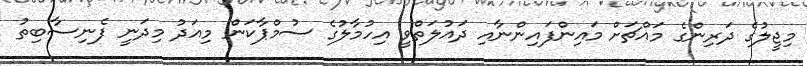
މިޖީލުގެ ދަރިންގެ މައްޗަށް މައިންފައިންނާއި ދައުލަތްވީ އިހުމާލުގެ ސުމްޕާކަން މިއަދު މިދަނީ ފެނިސާބިތު